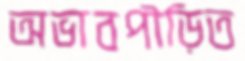
অভাবপীড়িত